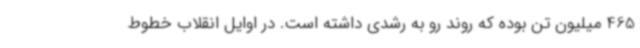
465 میلیون تن بوده که روند رو به رشدی داشته است. در اوایل انقلاب خطوط